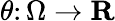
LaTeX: \theta\colon\Omega\rightarrow\mathbf{R}